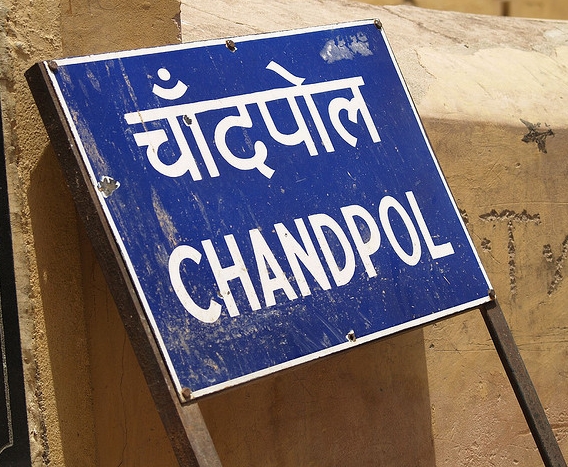
Language: hindi
Transcription: चाँदपोल